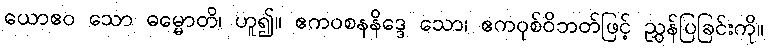
ယောဧဝ သော ဓမ္မောတိ၊ ဟူ၍။ ဧကဝစနနိဒ္ဒေ သော၊ ဧကဝုစ်ဝိဘတ်ဖြင့် ညွှန်ပြခြင်းကို။